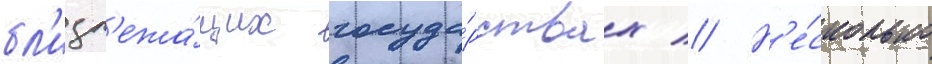
бл'изл'ежа́щих госуда́рствах // Н'е́сколько